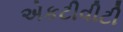
એકટીવીટી